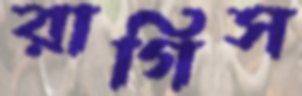
রাগিস